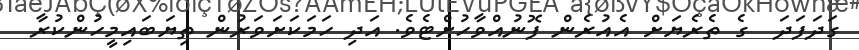
ގަދަފަދަ  ގެ ތެރެޔަށް އެއުރެން ފޮނުއްވާހުށްޓެވެ. އަދި ހަމަކަށަވަރުން ތިޔަބައިމީހުންކުރާ